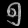
Digit: ၅